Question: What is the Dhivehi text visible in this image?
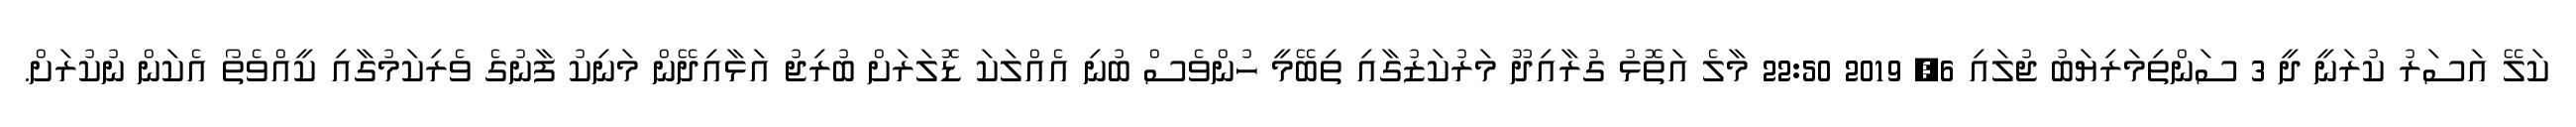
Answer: ކަލޭ އަސަރު ކުރަނީ ދީ 3 ސަންތިމަރިޔަބު ޖުލައި 6, 2019 22:50 މާލެ އަތޮޅު ގުރާއިދޫ މަރުކަޒުގާއި ތިބޭމީ ހުންވެސް ބުނި އެއްލަކަ ޑޮލަރަށް ބުރިޖު އަޅާއިދޭން މަނިކު ފާނުގެ ވެރިކަމުގާއި ކީއްވެތޯ އެކަން ނުކުރަށް.